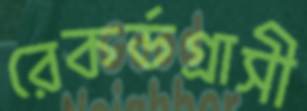
রেকর্ডগ্রাসী